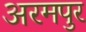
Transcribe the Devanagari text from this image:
अरमपुर